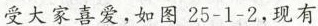
受大家喜爱，如图25-1-2，现有